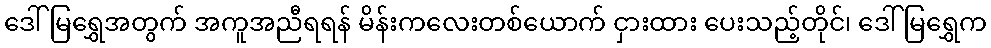
ဒေါ်မြရွှေအတွက် အကူအညီရရန် မိန်းကလေးတစ်ယောက် ငှားထား ပေးသည့်တိုင်၊ ဒေါ်မြရွှေက